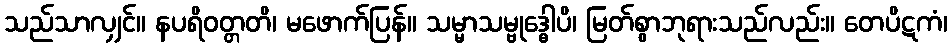
သည်သာလျှင်။ နပရိဝတ္တတိ၊ မဖောက်ပြန်။ သမ္မာသမ္ဗုဒ္ဓေါပိ၊ မြတ်စွာဘုရားသည်လည်း။ တေပိဋကံ၊